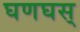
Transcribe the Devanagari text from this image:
घणघस्